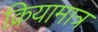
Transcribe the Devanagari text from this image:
क्रियामात्र